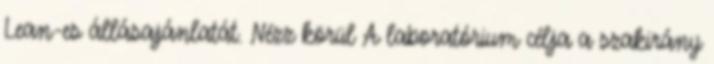
Lean-es állásajánlatát. Nézz körül A laboratórium célja a szakirány